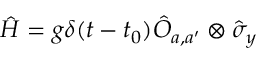
\hat { H } = g \delta ( t - t _ { 0 } ) \hat { O } _ { a , a ^ { \prime } } \otimes \hat { \sigma } _ { y }